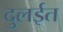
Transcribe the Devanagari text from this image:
दुलईत